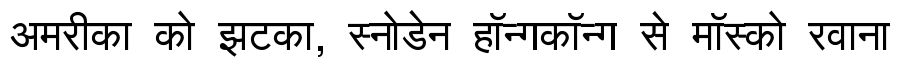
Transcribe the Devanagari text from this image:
अमरीका को झटका, स्नोडेन हॉन्गकॉन्ग से मॉस्को रवाना